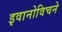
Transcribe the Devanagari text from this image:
इवानोविचने